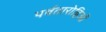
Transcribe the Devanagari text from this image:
पर्वतारोहिओं